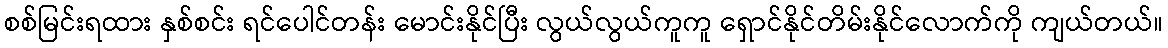
စစ်မြင်းရထား နှစ်စင်း ရင်ပေါင်တန်း မောင်းနိုင်ပြီး လွယ်လွယ်ကူကူ ရှောင်နိုင်တိမ်းနိုင်လောက်ကို ကျယ်တယ်။